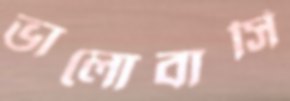
ভালোবাসি